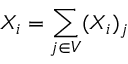
X _ { i } = \sum _ { j \in V } ( X _ { i } ) _ { j }